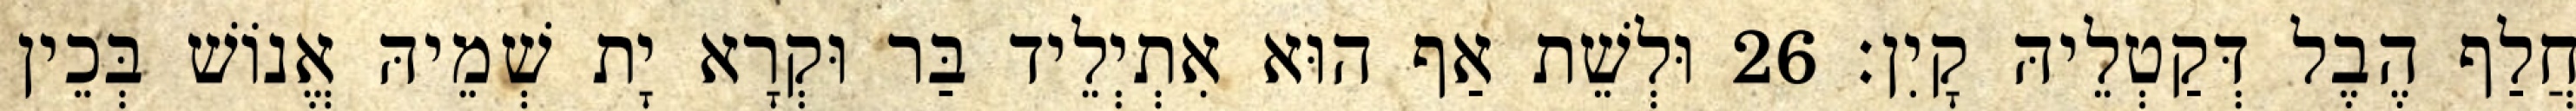
חֲלַף הֶבֶל דְּקַטְלֵיהּ קָיִן׃ 26 וּלְשֵׁת אַף הוּא אִתְיְלֵיד בַּר וּקְרָא יָת שְׁמֵיהּ אֱנוֹשׁ בְּכֵין